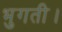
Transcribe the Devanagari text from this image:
भुगती।